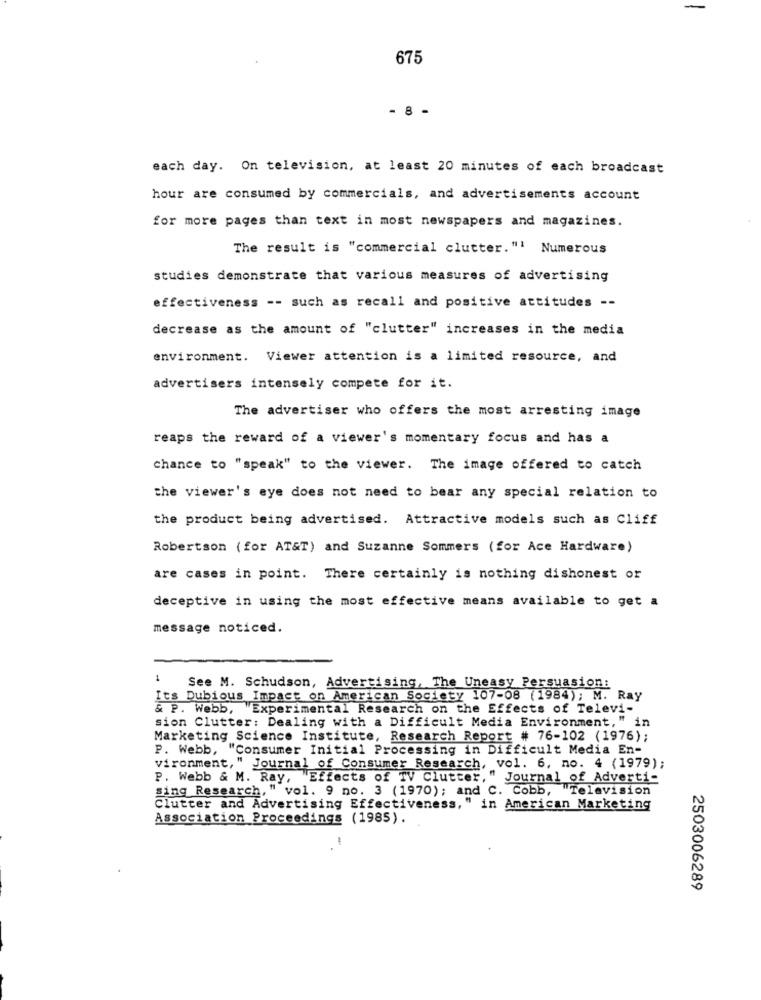
675
- 8 -
each day. On television, at least 20 minutes of each broadcast
hour are consumed by commercials, and advertisements account
for more pages than text in most newspapers and magazines.
The result is "commercial clutter."' Numerous
studies demonstrate that various measures of advertising
effectiveness -- such as recall and positive attitudes --
decrease as the amount of "clutter" increases in the media
environment. Viewer attention is a limited resource, and
advertisers intensely compete for it.
The advertiser who offers the most arresting image
reaps the reward of a viewer's momentary focus and has a
chance to "speak" to the viewer. The image offered to catch
the viewer's eye does not need to bear any special relation to
the product being advertised. Attractive models such as Cliff
Robertson (for AT&T) and Suzanne Sommers (for Ace Hardware)
are cases in point. There certainly is nothing dishonest or
deceptive in using the most effective means available to get a
message noticed.
1
See M. Schudson, Advertising, The Uneasy Persuasion:
Its Dubious Impact on American Society 107-08 (1984); M. Ray
& P. Webb, "Experimental Research on the Effects of Televi-
sion Clutter: Dealing with a Difficult Media Environment," in
Marketing Science Institute, Research Report # 76-102 (1976);
P. Webb, "Consumer Initial Processing in Difficult Media En-
vironment, " Journal of Consumer Research, vol. 6, no. 4 (1979);
P. Webb & M. Ray, Effects of TV Clutter," Journal of Adverti-
sing Research," vol. 9 no. 3 (1970); and C. Cobb,
"Television
Clutter and Advertising Effectiveness," in American Marketing
Association Proceedings (1985).
2503006289